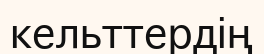
кельттердің